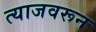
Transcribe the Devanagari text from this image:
त्याजवरून